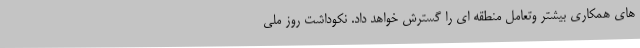
های همکاری بیشتر وتعامل منطقه ای را گسترش خواهد داد. نکوداشت روز ملی